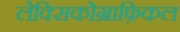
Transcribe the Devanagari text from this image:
लेक्सिकोग्राफ़िकल